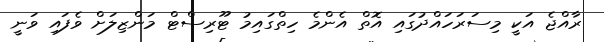
ރާއްޖެ އަކީ މިސަރަހައްދުގައި އޮތް އެންމެ ހިތްގައިމު ޓޫރިސްޓް މަންޒިލަށް ވެފައި ވަނީ